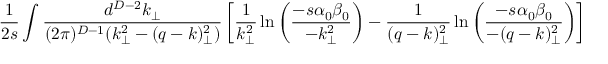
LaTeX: \frac { 1 } { 2 s } \int \frac { d ^ { D - 2 } k _ { \perp } } { ( 2 \pi ) ^ { D - 1 } ( k _ { \perp } ^ { 2 } - ( q - k ) _ { \perp } ^ { 2 } ) } \left[ \frac { 1 } { k _ { \perp } ^ { 2 } } \ln \left( \frac { - s \alpha _ { 0 } \beta _ { 0 } } { - k _ { \perp } ^ { 2 } } \right) - \frac { 1 } { ( q - k ) _ { \perp } ^ { 2 } } \ln \left( \frac { - s \alpha _ { 0 } \beta _ { 0 } } { - ( q - k ) _ { \perp } ^ { 2 } } \right) \right] ~ .